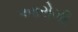
આરોગી